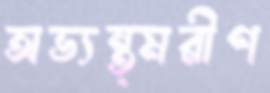
অভ্যন্ত্মরীণ